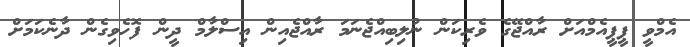
އެމްވީ ޕީޕީއެމްއަށް ރާއްޖޭގެ ވެރިކަން ނުލިބިއްޖެނަމަ ރާއްޖެއިން އިސްލާމް ދީން ފޮހެވިގެން ދާނެކަމަށް